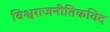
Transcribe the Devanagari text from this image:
विश्वराजनीतिकविद